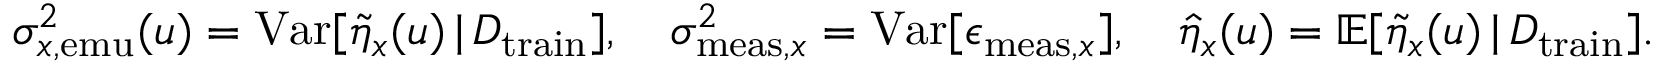
\begin{array} { r } { \sigma _ { x , \mathrm { e m u } } ^ { 2 } ( u ) = \mathrm { V a r } [ \Tilde { \eta } _ { x } ( u ) \, \vert \, D _ { \mathrm { t r a i n } } ] , \quad \sigma _ { \mathrm { m e a s } , x } ^ { 2 } = \mathrm { V a r } [ \epsilon _ { \mathrm { m e a s } , x } ] , \quad \hat { \eta } _ { x } ( u ) = \mathbb { E } [ \Tilde { \eta } _ { x } ( u ) \, \vert \, D _ { \mathrm { t r a i n } } ] . } \end{array}